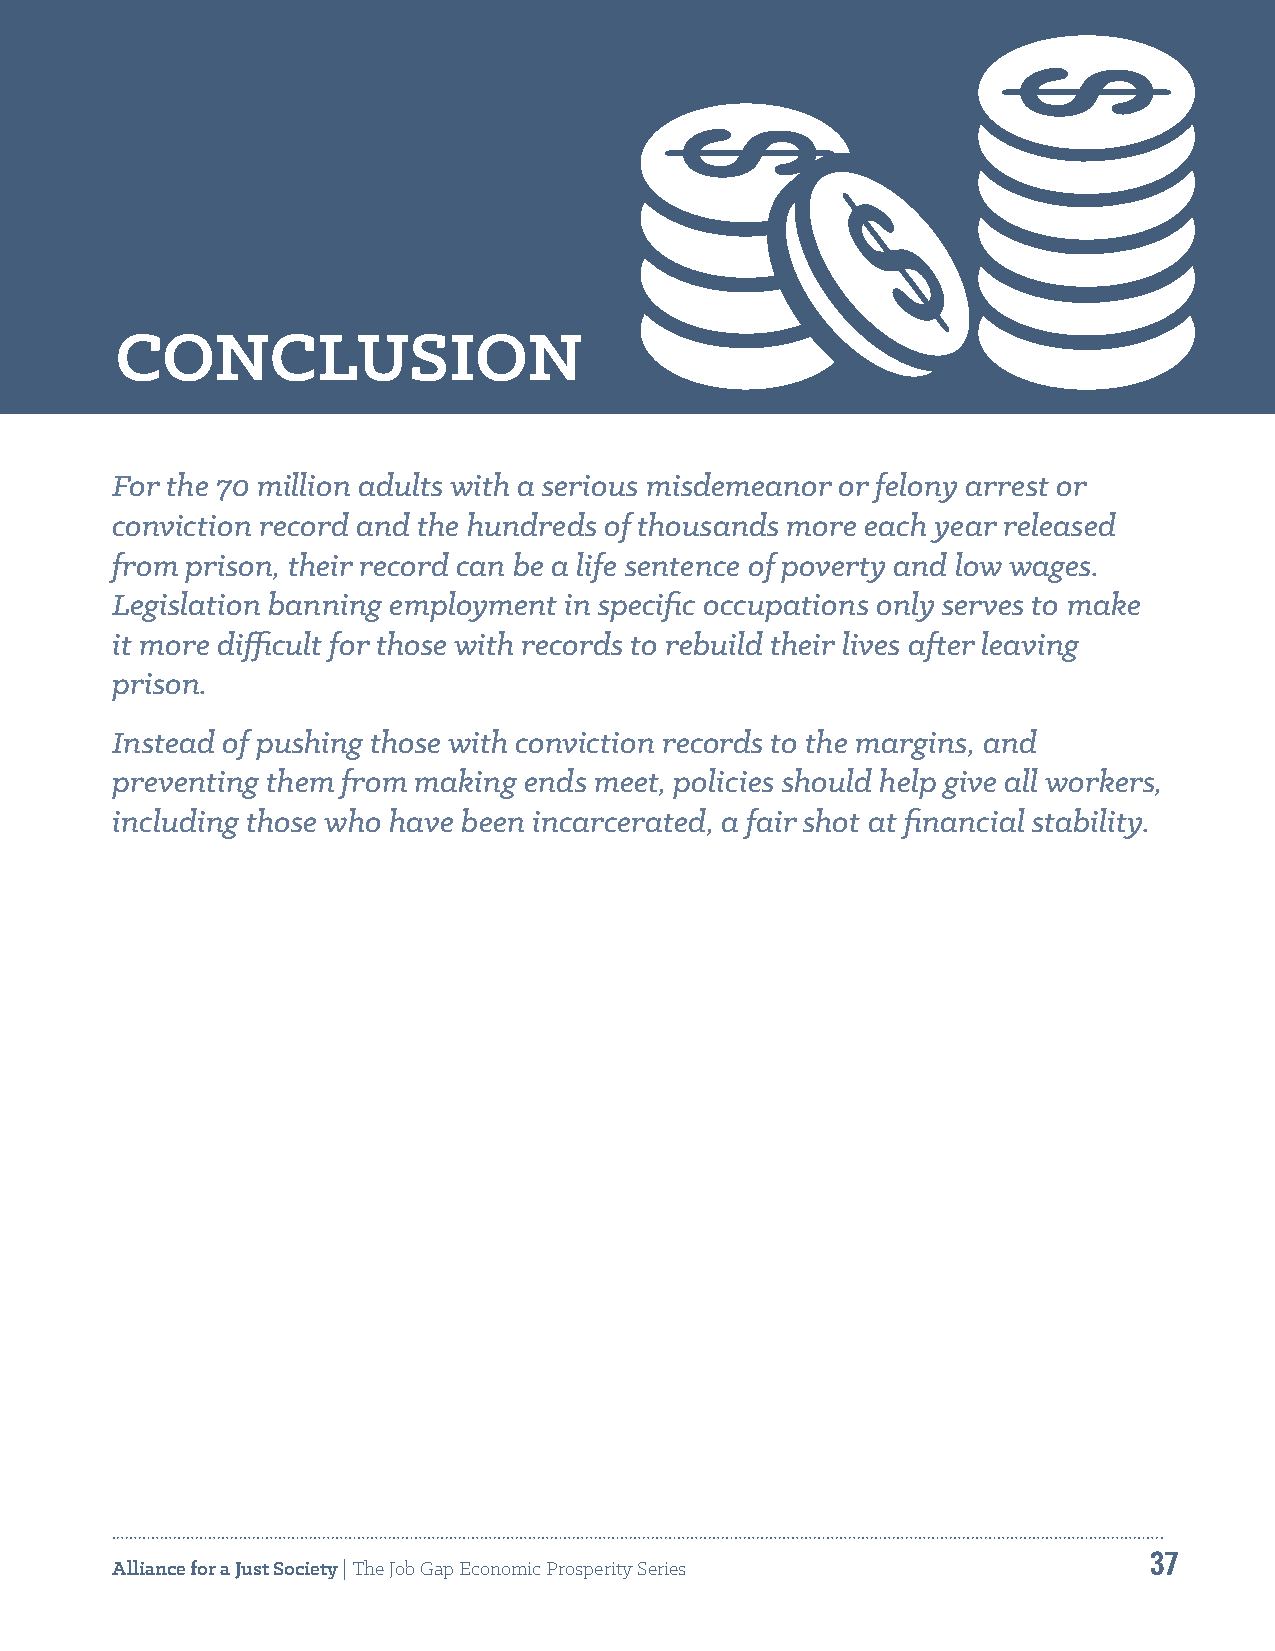
CONCLUSION
 For the 70 million adults with a serious misdemeanor or felony arrest or
 conviction record and the hundreds of thousands more each year released
 from prison, their record can be a life sentence of poverty and low wages.
 Legislation banning employment in specific occupations only serves to make
 it more difficult for those with records to rebuild their lives after leaving
 prison.
 Instead of pushing those with conviction records to the margins, and
 preventing them from making ends meet, policies should help give all workers,
 including those who have been incarcerated, a fair shot at financial stability.
 37
 Alliance for a Just Society | The Job Gap Economic Prosperity Series